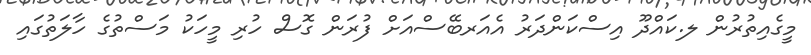
މީގެއިތުރުން ލ.ކައްދޫ އިސްކަންދަރު އެއަރބޭސްއަށް ފުރަން ގޮސް ހުރި މީހަކު މަސްތުގެ ހާލަތުގައި